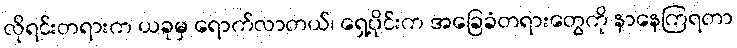
လိုရင်းတရားက ယခုမှ ရောက်လာတယ်၊ ရှေ့ပိုင်းက အခြေခံတရားတွေကို နာနေကြရတာ